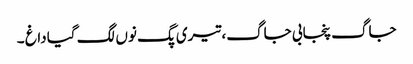
جاگ پنجابی جاگ، تیری پگ نوں‌ لگ گیا داغ‌ ۔